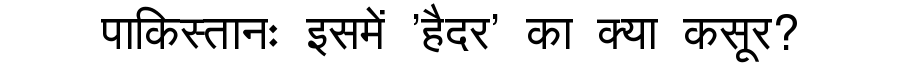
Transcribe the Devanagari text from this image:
पाकिस्तानः इसमें 'हैदर' का क्या कसूर?